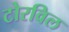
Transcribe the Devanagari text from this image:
टोरविल